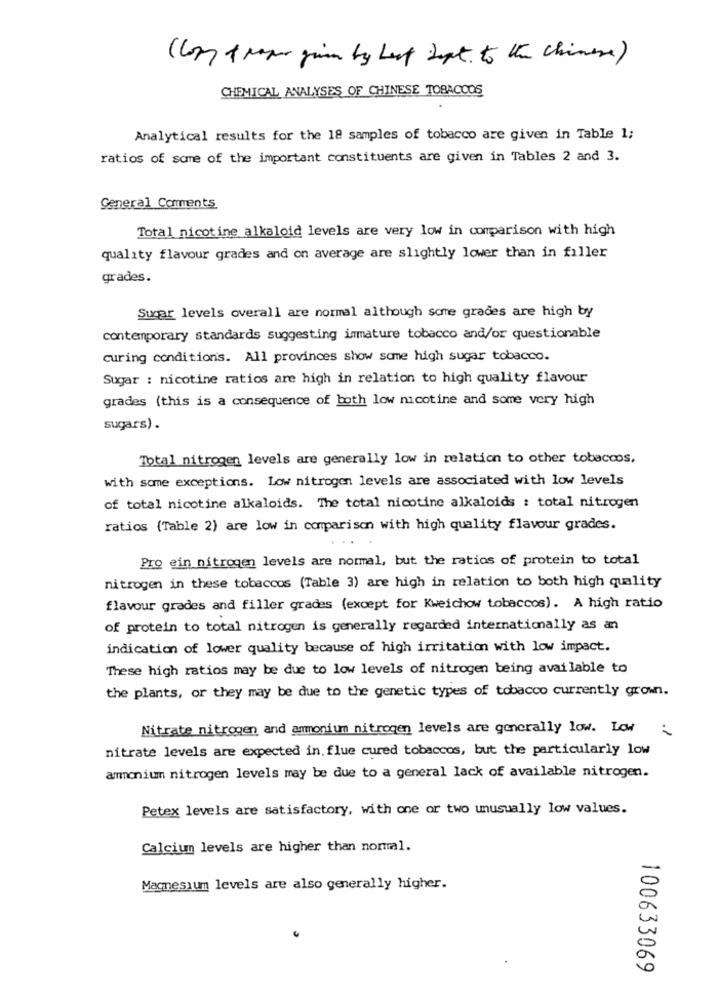
(Com) & paper given by best dept to the chinese )
CHEMICAL ANALYSES OF CHINESE TOBACCOS
Analytical results for the 18 samples of tobacco are given in Table 1;
ratios of some of the important constituents are given in Tables 2 and 3.
General Comments
Total nicotine alkaloid levels are very low in comparison with high
quality flavour grades and on average are slightly lower than in filler
grades.
Sugar levels overall are normal although some grades are high by
contemporary standards suggesting inmature tobacco and/or questionable
curing conditions. All provinces show some high sugar tobacco.
Sugar : nicotine ratios are high in relation to high quality flavour
grades (this is a consequence of both low nicotine and some very high
sugars) .
Total nitrogen levels are generally low in relation to other tobaccos,
with some exceptions. Low nitrogen levels are associated with low levels
of total nicotine alkaloids. The total nicotine alkaloids : total nitrogen
ratios (Table 2) are low in comparison with high quality flavour grades.
Pro ein nitrogen levels are normal, but the ratios of protein to total
nitrogen in these tobaccos (Table 3) are high in relation to both high quality
flavour grades and filler grades (except for Kweichow tobaccos). A high ratio
of protein to total nitrogen is generally regarded internationally as an
indication of lower quality because of high irritation with low impact.
These high ratios may be due to low levels of nitrogen being available to
the plants, or they may be due to the genetic types of tobacco currently grown.
Nitrate nitrogen and ammonium nitrogen levels are generally low. Low
nitrate levels are expected in. flue cured tobaccos, but the particularly low
ammonium nitrogen levels may be due to a general lack of available nitrogen.
Petex levels are satisfactory, with one or two unusually low values.
Calcium levels are higher than normal.
Magnesium levels are also generally higher.
100633069